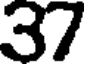
37